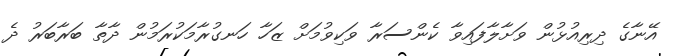
އޭނާގެ ދިރިއުޅުން ވަށާލާފައިވާ ކެންސަރާ ވަކިވުމަށް ޒަހާ ހަނގުރާމަކުރަމުން ދާތާ ބަރާބަރު ދެ